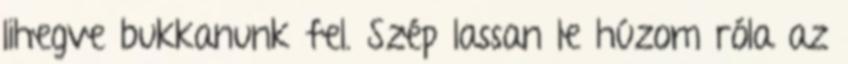
lihegve bukkanunk fel. Szép lassan le húzom róla az